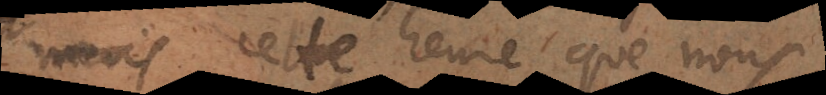
et cette heure que nous